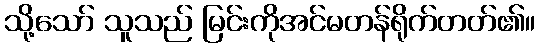
သို့သော် သူသည် မြင်းကိုအင်မတန်ရိုက်တတ်၏။